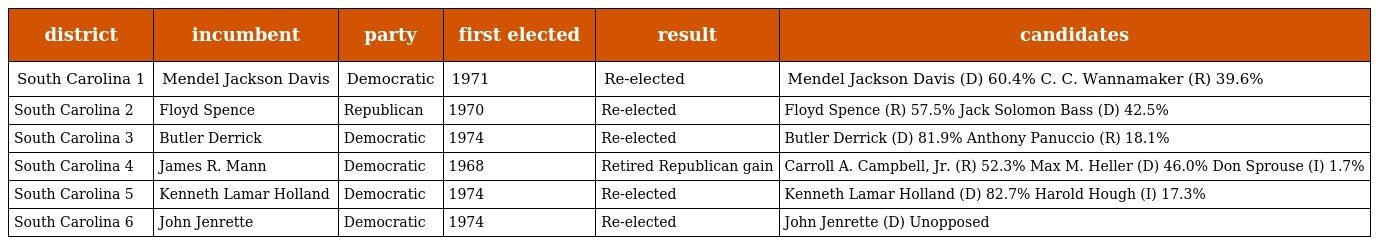
| district | incumbent | party | first elected | result | candidates |
 | --- | --- | --- | --- | --- | --- |
 | South Carolina 1 | Mendel Jackson Davis | Democratic | 1971 | Re-elected | Mendel Jackson Davis (D) 60.4% C. C. Wannamaker (R) 39.6% |
 | South Carolina 2 | Floyd Spence | Republican | 1970 | Re-elected | Floyd Spence (R) 57.5% Jack Solomon Bass (D) 42.5% |
 | South Carolina 3 | Butler Derrick | Democratic | 1974 | Re-elected | Butler Derrick (D) 81.9% Anthony Panuccio (R) 18.1% |
 | South Carolina 4 | James R. Mann | Democratic | 1968 | Retired Republican gain | Carroll A. Campbell, Jr. (R) 52.3% Max M. Heller (D) 46.0% Don Sprouse (I) 1.7% |
 | South Carolina 5 | Kenneth Lamar Holland | Democratic | 1974 | Re-elected | Kenneth Lamar Holland (D) 82.7% Harold Hough (I) 17.3% |
 | South Carolina 6 | John Jenrette | Democratic | 1974 | Re-elected | John Jenrette (D) Unopposed |